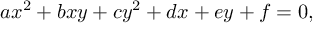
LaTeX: a x ^ { 2 } + b x y + c y ^ { 2 } + d x + e y + f = 0 ,